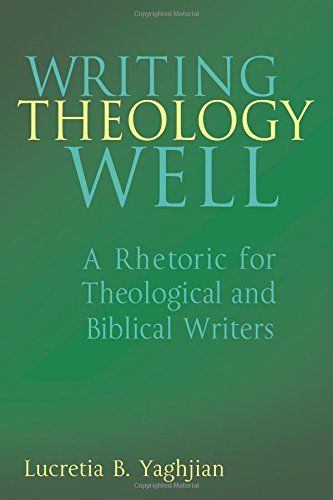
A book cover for Writing Theology Well: A Rhetoric for Theological and Biblical Writers; Lucretia Yaghjian; Christian Books & Bibles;